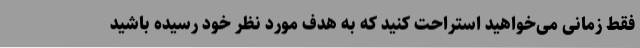
فقط زمانی می‌خواهید استراحت کنید که به هدف مورد نظر خود رسیده باشید